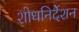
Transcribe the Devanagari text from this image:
शोधनिर्देशन